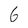
Character: 6